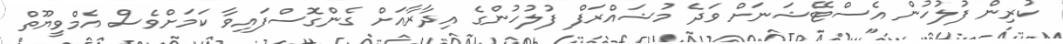
ކުރިން ފުލުހުން އެސްޓޭޝަނަށް ވަދެ މުޝައްރަފް ފުލުހުންގެ އިދާރާއަށް ގެންގޮސްފައިވާ ކަމަށްވެސް އެމްވީޔޫތް